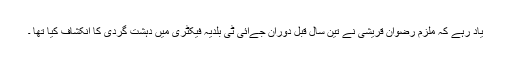
یاد رہے کہ ملزم رضوان قریشی نے تین سال قبل دوران جےآئی ٹی بلدیہ فیکٹری میں دہشت گردی کا انکشاف کیا تھا ۔